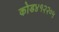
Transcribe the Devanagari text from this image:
कोड४१२२०५